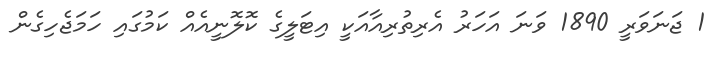
1 ޖަނަވަރީ 1890 ވަނަ އަހަރު އެރިތުރިއާއަކީ އިޓަލީގެ ކޮލޮނީއެއް ކަމުގައި ހަމަޖެހިގެން